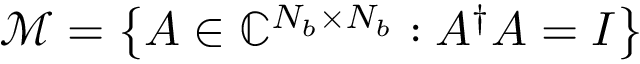
\mathcal { M } = \left\{ A \in \mathbb { C } ^ { N _ { b } \times N _ { b } } : A ^ { \dagger } A = I \right\}